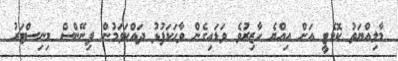
މާލިއްޔަތު ކޮމެޓީ އަށް އިއްޔެ ހާޒިރުވެ ވަޑައިގެން ވާހަކަފުޅު ދައްކަވަމުން ފިނޭންސް މިނިސްޓަރު